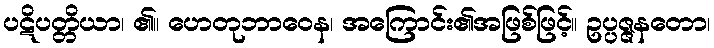
ပဋိပတ္တိယာ၊ ၏။ ဟေတုဘာဝေန၊ အကြောင်း၏အဖြစ်ဖြင့်။ ဥပ္ပဇ္ဇနတော၊